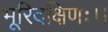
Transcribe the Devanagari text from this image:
भूरिदक्षिणः।।